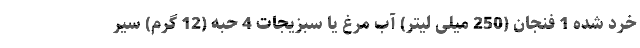
خرد شده 1 فنجان (250 میلی لیتر) آب مرغ یا سبزیجات 4 حبه (12 گرم) سیر